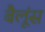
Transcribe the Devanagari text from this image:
बैलूंस